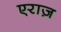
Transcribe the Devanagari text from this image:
एराज़